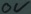
Text: 0V